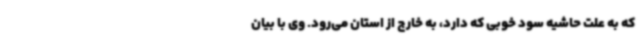
که به علت حاشیه سود خوبی که دارد، به خارج از استان می‌رود. وی با بیان